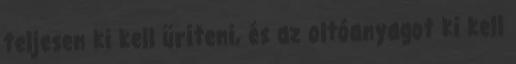
teljesen ki kell üríteni, és az oltóanyagot ki kell